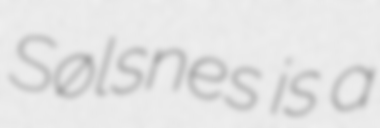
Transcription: Sølsnes is a